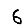
Digit: 6